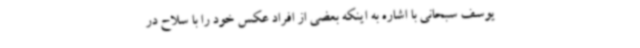
یوسف سبحانی با اشاره به اینکه بعضی از افراد عکس خود را با سلاح در